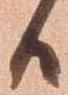
候